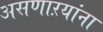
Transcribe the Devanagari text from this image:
असणाऱयांना